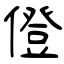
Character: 僜